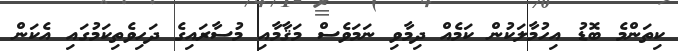
ކިތަންމެ ބޮޑު އިހުމާލަކުން ކަމެއް ދިމާވި ނަމަވެސް މަޤާމާއި މުސާރައިގެ ދަހިވެތިކަމުގައި އެކަން